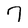
Character: 7